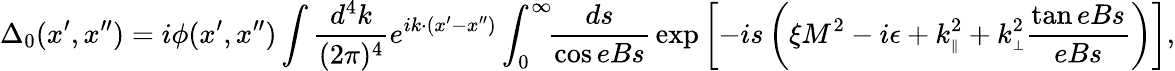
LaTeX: \Delta_{0}(x^{\prime},x^{\prime\prime})=i\phi(x^{\prime},x^{\prime\prime})\int{\frac{d^{4}k}{(2\pi)^{4}}}e^{ik\cdot(x^{\prime}-x^{\prime\prime})}\int_{0}^{\infty}\! \! {\frac{ds}{\cos eBs}}\, {\exp{\left[-is\left(\xi M^{2}-i\epsilon+k_{\scriptscriptstyle{\parallel}}^{2}+k_{\scriptscriptstyle{\perp}}^{2}{\frac{\tan eBs}{eBs}}\right)\right]}},